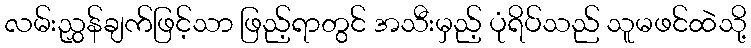
လမ်းညွှန်ချက်ဖြင့်သာ ဖြည့်ရာတွင် အသီးမှည့် ပုံရိပ်သည် သူမဖင်ထဲသို့